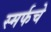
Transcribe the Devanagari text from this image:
स्मर्फचे